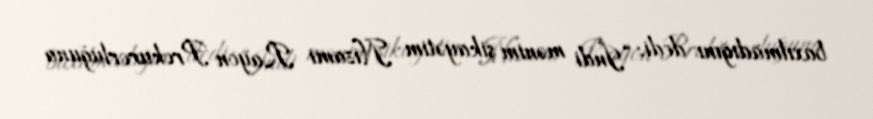
baxılmadığını dedi: “İndi mənim şikayətim Nizami Rayon Prokurorluğuna